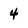
Character: 4